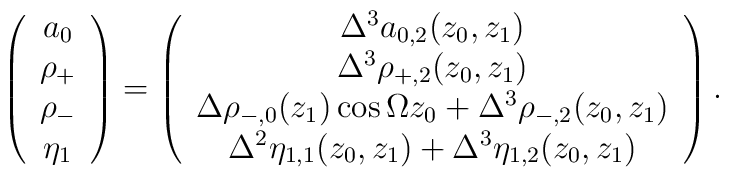
\left( \begin{array}{c}       a_0 \\ \rho_+ \\ \rho_- \\ \eta_1       \end{array}            \right) = \left( \begin{array}{c}       \Delta^3 a_{0,2}(z_0, z_1) \\ \Delta^3 \rho_{+,2}(z_0,z_1) \\       \Delta \rho_{-,0}(z_1) \cos \Omega z_0 + \Delta^3 \rho_{-,2}(z_0, z_1) \\       \Delta^2 \eta_{1,1}(z_0, z_1) + \Delta^3 \eta_{1,2}(z_0, z_1)       \end{array}             \right).